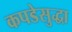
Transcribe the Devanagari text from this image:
कपडेसुद्धा